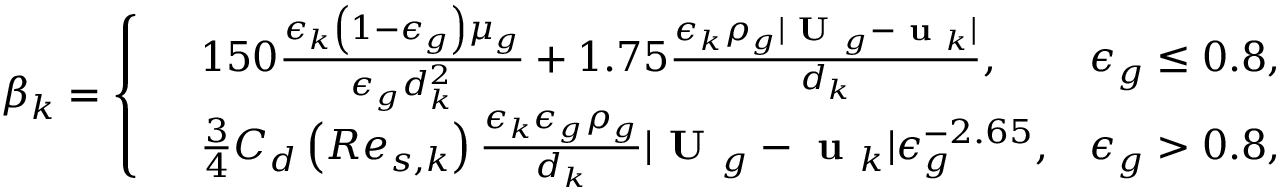
\beta _ { k } = \left\{ \begin{array} { r l r } & { 1 5 0 \frac { \epsilon _ { k } \left( 1 - \epsilon _ { g } \right) \mu _ { g } } { \epsilon _ { g } d _ { k } ^ { 2 } } + 1 . 7 5 \frac { \epsilon _ { k } \rho _ { g } | \textbf { U } _ { g } - \textbf { u } _ { k } | } { d _ { k } } , } & { \epsilon _ { g } \le 0 . 8 , } \\ & { \frac { 3 } { 4 } C _ { d } \left( R e _ { s , k } \right) \frac { \epsilon _ { k } \epsilon _ { g } \rho _ { g } } { d _ { k } } | \textbf { U } _ { g } - \textbf { u } _ { k } | \epsilon _ { g } ^ { - 2 . 6 5 } , } & { \epsilon _ { g } > 0 . 8 , } \end{array} \right.